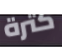
كثرة